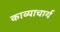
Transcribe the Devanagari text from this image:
काव्याचार्य